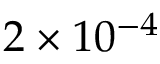
2 \times 1 0 ^ { - 4 }